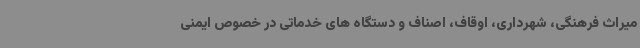
میراث فرهنگی، شهرداری، اوقاف، اصناف و دستگاه های خدماتی در خصوص ایمنی